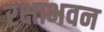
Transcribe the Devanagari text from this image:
रक्षाभवन